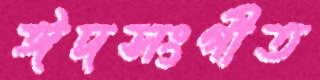
ঈদসংগীত